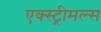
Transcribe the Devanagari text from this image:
एक्स्ट्रीमल्स